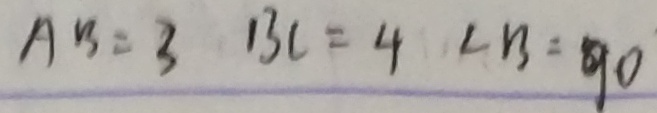
A B = 3 B C = 4 \angle B = 9 0